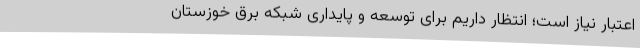
اعتبار نیاز است؛ انتظار داریم برای توسعه و پایداری شبکه برق خوزستان